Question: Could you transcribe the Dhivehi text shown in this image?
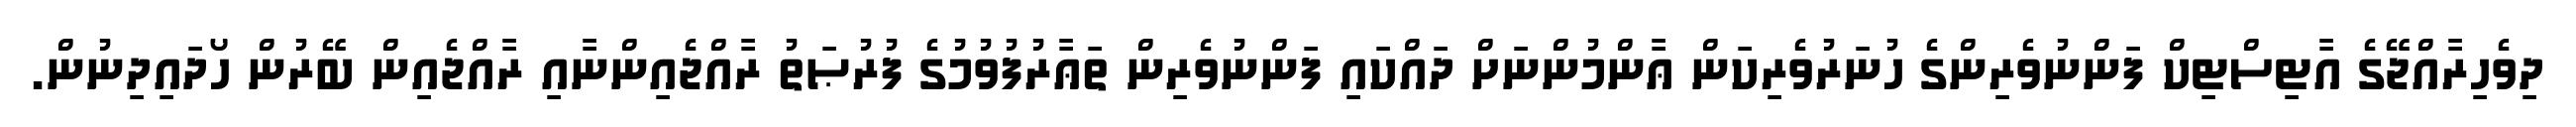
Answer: ދިވެހިރާއްޖޭގެ އާޓިސްޓިކް ފަންނުވެރިންގެ ހުނަރުވެރިކަން ޢާންމުންނަށް ދައްކައި ފަންނުވެރިން ތަޢާރުފުވުމުގެ ފުރުޞަތު ރާއްޖެއިންނާއި ރާއްޖެއިން ބޭރުން ހޯދައިދިނުން.